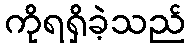
ကိုရရှိခဲ့သည်